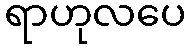
ရာဟုလပေ